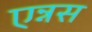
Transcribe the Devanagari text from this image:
एन्नस